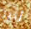
أثير